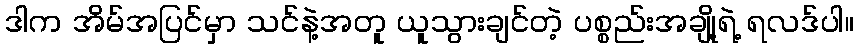
ဒါက အိမ်အပြင်မှာ သင်နဲ့အတူ ယူသွားချင်တဲ့ ပစ္စည်းအချို့ရဲ့ ရလဒ်ပါ။